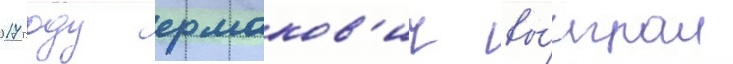
2017 году ермаков'ич вы́играл